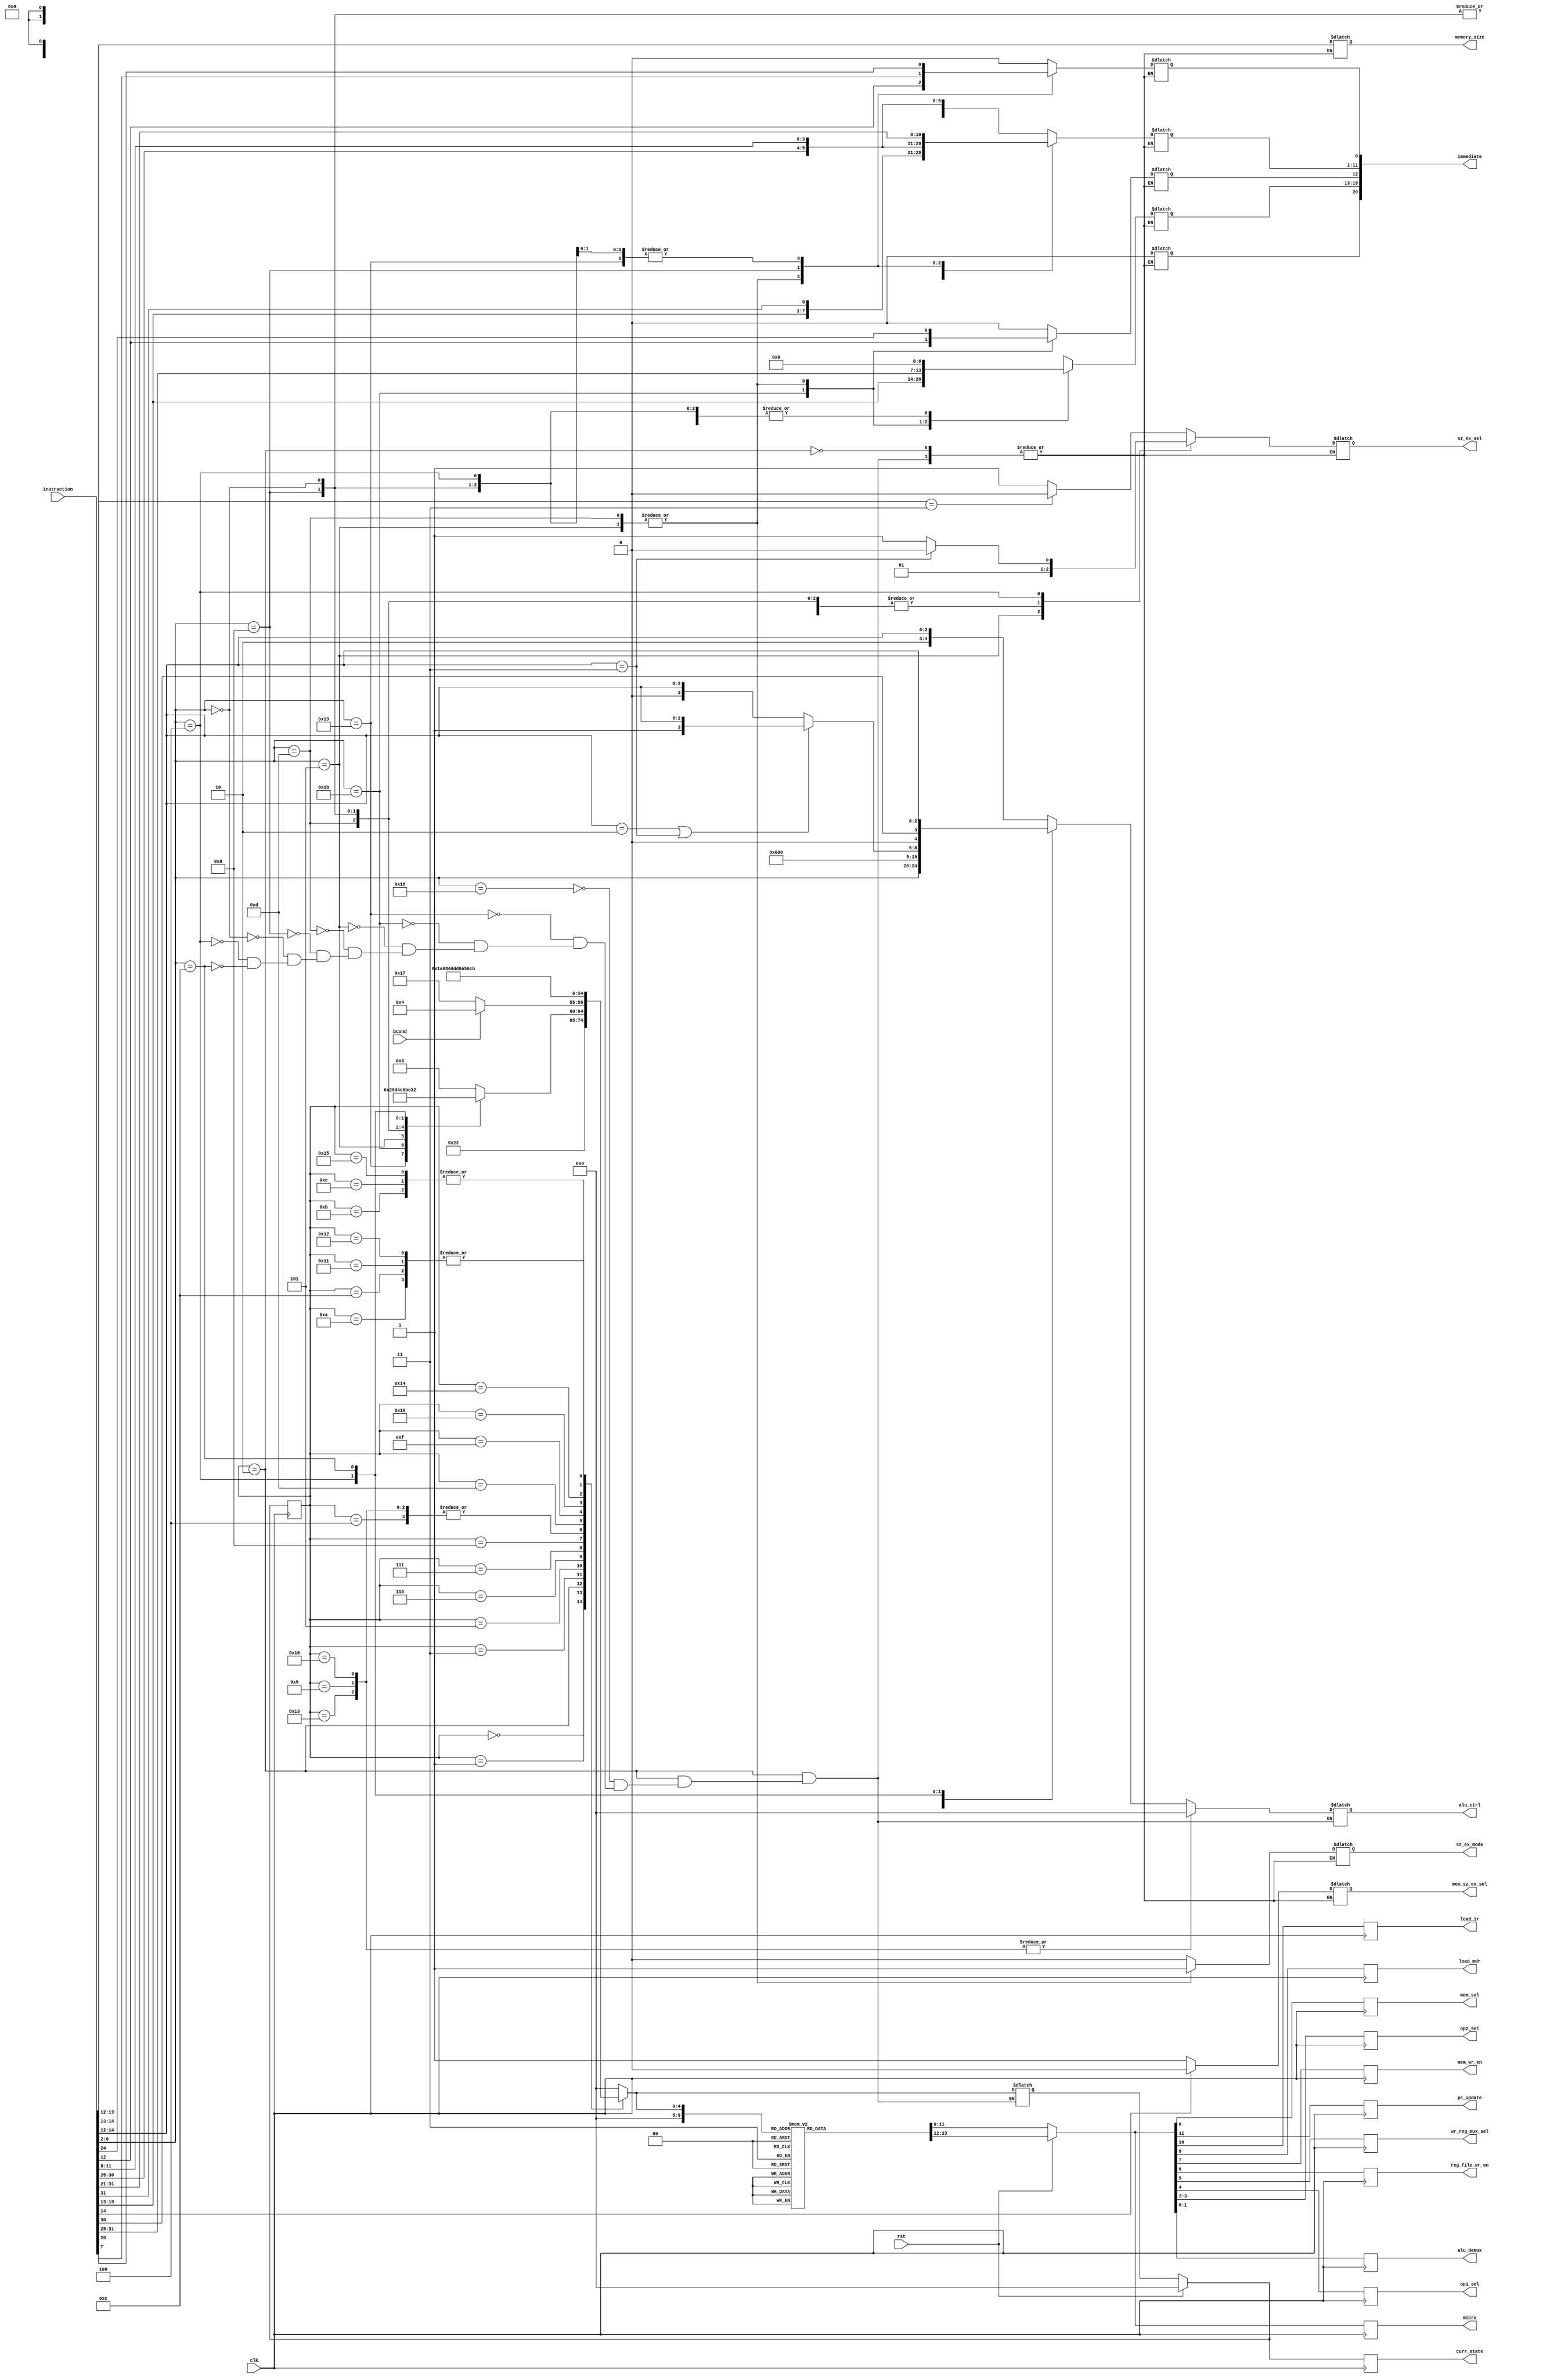
`timescale 1ns / 1ps

`define ALU_CTRL_WIDTH 5
`define INSTRUCTION_WIDTH 32

//operand width
`define OPERAND_WIDTH 32
`define IMM_WIDTH 21

`define SIGN_EXTEND 1'b1
`define ZERO_EXTEND 1'b0

`define U_TYPE_EX 1'b1
`define STANDARD_EX 1'b0

//Define the states
//s0 through s23
`define FETCH 0
`define LOAD_IR 1
`define DECODE 2
`define BRANCH_S 3
`define BCOND1 4
`define JALR_S 5
`define JALR2 6
`define JAL_S 7
`define JAL2 8
`define ALU2PC 9
`define AUIPC_S 10
`define WRITE_BACK 11
`define LUI_S 12
`define STORE_S 13
`define STORE_MEM 14
`define LOAD_S 15
`define LOAD2 16
`define I_TYPE_S 17
`define R_TYPE_S 18
`define JALR_ADD 19
`define LOAD_MDR 20
`define LOAD_WR 21
`define PC_ADD 22
`define PC_WR 23

//Define the opcodes for each instruction type
//U-TYPE
`define LUI 5'b01101
`define AUIPC 5'b00101
`define JAL 5'b11011
`define JALR 5'b11001
`define BRANCH 5'b11000
`define LOAD 5'b00000
`define STORE 5'b01000
`define I_TYPE 5'b00100
`define R_TYPE 5'b01100


module cntl_mc(
		input [(`INSTRUCTION_WIDTH-1):0] instruction,
		input bcond,
		input clk,
		input rst,
		output reg [11:0] micro,
		output reg sz_ex_sel,
		output reg sz_ex_mode,
		output reg mem_sz_ex_sel,
		output reg [(`IMM_WIDTH-1):0] immediate,
		output reg mem_sel,
		output reg pc_update,
		output reg load_ir,
		output reg load_mdr,
		output reg mem_wr_en,
		output reg reg_file_wr_en,
		output reg wr_reg_mux_sel,
		output reg op1_sel,
		output reg [1:0] op2_sel,
		output reg [1:0] alu_demux,
		output reg [(`ALU_CTRL_WIDTH-1):0] alu_ctrl,
		output reg [1:0] memory_size,
		output reg [4:0] curr_state
    );
	 
	 reg [11:0] micro_inst [0:23];
	 reg [11:0] cntl_sig;
	 reg [4:0] state;
	 reg [4:0] next_state;
	
		
	initial
		begin
			micro_inst[`FETCH]=12'b000000xxxxxx;
			micro_inst[`LOAD_IR]=12'b010x00xxxxxx;
			micro_inst[`DECODE]=12'b000x00xxxxxx;
			micro_inst[`BRANCH_S]=12'b000x00x101xx;
			micro_inst[`BCOND1]=12'b000x00x010xx;
			micro_inst[`JALR_S]=12'b000x00x000xx;
			micro_inst[`JALR2]=12'b000x01xxxx01;
			micro_inst[`JAL_S]=12'b000x00x000xx;
			micro_inst[`JAL2]=12'b000x01xxxx01;
			micro_inst[`ALU2PC]=12'b000x00x010xx;
			micro_inst[`AUIPC]=12'b000x00x010xx;
			micro_inst[`WRITE_BACK]=12'b000x010xxx01;
			micro_inst[`LUI_S]=12'b000x00xx10xx;
			micro_inst[`STORE_S]=12'b000x00x110xx;
			micro_inst[`STORE_MEM]=12'b000110xxxx10;
			micro_inst[`LOAD_S]=12'b000x00x110xx;
			micro_inst[`LOAD2]=12'b000100xxxx01;
			micro_inst[`I_TYPE_S]=12'b000x00x110xx;
			micro_inst[`R_TYPE_S]=12'b000x00x101xx;
			micro_inst[`JALR_ADD]=12'b000x00x110xx;
			micro_inst[`LOAD_MDR]=12'b001x00xxxxxx;
			micro_inst[`LOAD_WR]=12'b000x011000xx;
			micro_inst[`PC_ADD]=12'b000x00xxxx00;
			micro_inst[`PC_WR]=12'b100x00xxxxxx;			
		end
	
//Assign the states and load the microinstructions for the state	
always@(posedge clk)
	begin
		if(rst)
			begin
				state=`FETCH;
				{pc_update,load_ir,load_mdr,mem_sel,mem_wr_en,reg_file_wr_en,wr_reg_mux_sel,op1_sel,op2_sel,
					alu_demux} <= micro_inst[`FETCH];
					micro<=micro_inst[`FETCH];
			end
		
		else
			begin
				state=next_state;
				{pc_update,load_ir,load_mdr,mem_sel,mem_wr_en,reg_file_wr_en,wr_reg_mux_sel,op1_sel,op2_sel,
					alu_demux} <= cntl_sig;
					micro<=cntl_sig;
			end
			curr_state=state;
	end
	
	
//Define the state transitions and the ALU and memory control signals for each of the states
	always @(state or bcond)		
		begin
			case(state)			
			`FETCH:begin
			  next_state=`LOAD_IR;
			  alu_ctrl=5'bxxxxx;
			end
			
			`LOAD_IR:begin
			  next_state=`DECODE;
			  alu_ctrl=5'bxxxxx;
			end
			
			`DECODE:begin
	//In the decode state determine the immediate values, sign-zero signal,
  //ALU control signal and the memory addressing mode
			     case(instruction[6:2])
			       `BRANCH:begin
			          next_state=`BRANCH_S;
						 mem_sz_ex_sel=1'bx;
						 sz_ex_mode=`STANDARD_EX;
						  immediate[0] = 1'b0;
						  immediate[12:1] = {instruction[7], instruction[30:25], instruction[11:8]};
						  immediate[(`IMM_WIDTH-1):13]=1'bx;
						  
						 if(instruction[14:13] == 2'b11)
							sz_ex_sel=0;					
						  //else perform sign extend
						 else begin
							sz_ex_sel=1;						  
					  end
						
						//ALU control signal
					//set the alu_ctrl signal to {1'b1, 1'b0, "funct3"}
					//bit3 = 1'b0, no subtract instructions (I-type)
					//MSB (bit 4) = 1'b1, branch
					alu_ctrl = {1'b1, 1'b0, instruction[14:12]};					
					//data memory size
					//data is not written to data memory
					memory_size = 2'bxx;	
			        end									  
				
						`JALR:begin
							  next_state=`JALR_S;	
							  mem_sz_ex_sel=1'bx;
							  sz_ex_mode=`STANDARD_EX;
							  immediate[11:0] = instruction[31:20];
							  immediate[(`IMM_WIDTH-1):12]=1'bx;
							  alu_ctrl = instruction[6:2];					
							  memory_size = 2'bxx;
							  sz_ex_sel=1;
						 end
						
						`JAL:begin
							next_state=`JAL_S;
							mem_sz_ex_sel=1'bx;
						   sz_ex_mode=`STANDARD_EX;
							immediate[0] = 1'b0;
							immediate[20:1] = {instruction[19:12], instruction[20], instruction[30:21]};
							alu_ctrl = {(`ALU_CTRL_WIDTH){1'bx}};					
							memory_size = 2'bxx;	
							sz_ex_sel=1;	
						end
						
						`AUIPC:begin
							next_state=`AUIPC_S;
							mem_sz_ex_sel=1'bx;
							sz_ex_mode=`U_TYPE_EX;
							immediate[19:0] = instruction[31:12];
						   immediate[(`IMM_WIDTH-1)]=1'bx;
							alu_ctrl = {(`ALU_CTRL_WIDTH){1'bx}};
							memory_size = 2'bxx;	
							sz_ex_sel=0;
						end
						
						`LUI:begin
							next_state=`LUI_S;
							mem_sz_ex_sel=1'bx;
							sz_ex_mode=`U_TYPE_EX;
							immediate[19:0] = instruction[31:12];
							immediate[(`IMM_WIDTH-1)]=1'bx;
							alu_ctrl = 5'b11000;
						   memory_size = 2'bxx;	
							sz_ex_sel=1;
						end
						
						`STORE:begin
						  next_state=`STORE_S;
						  mem_sz_ex_sel=1'bx;
						  sz_ex_mode=`STANDARD_EX;
						  immediate[11:0] = {instruction[31:25],instruction[11:7]};
						  immediate[(`IMM_WIDTH-1):12]=1'bx;
						  alu_ctrl = {(`ALU_CTRL_WIDTH){1'b0}};
						  memory_size = instruction[13:12];
						  sz_ex_sel=1;
						end
						
						`LOAD:begin
						  next_state=`LOAD_S;
						  immediate = instruction[31:20];
						  sz_ex_mode=`STANDARD_EX;
						  alu_ctrl = {(`ALU_CTRL_WIDTH){1'b0}};
						  sz_ex_sel=1;
						  if(instruction[14])
							mem_sz_ex_sel=`ZERO_EXTEND;
						  else
							mem_sz_ex_sel=`SIGN_EXTEND;
							//data memory size
							//size depends on the instruction
							memory_size = instruction[13:12];
							end
												
					  `I_TYPE:begin
						  next_state=`I_TYPE_S;
						  mem_sz_ex_sel=1'bx;
						  sz_ex_mode=`STANDARD_EX;						  
					     immediate[11:0] = instruction[31:20];
						  immediate[(`IMM_WIDTH-1):12]=1'bx;
							//perform zero extension only for SLTIU
							if(instruction[14:12] == 3'b011) begin
									sz_ex_sel=0;
							end								
								//else perform sign extend
							else begin
									sz_ex_sel=1;
							end
								
								
							if(instruction[14:12] == 3'b010 || instruction[14:12] == 3'b011) begin
							//Instructions that involve subtract operation (SLTI and SLTIU respectively)
							//ALU control signal
							//set LSB 3 bits to the "funct3" field
							//bit 3 = 1'b1 to indicate stubract operation
							//bit 4 = 0 (no branching)
							alu_ctrl = {1'b0, 1'b1, instruction[14:12]};
						end
						
						else begin
							//Other ALU instruction
							//ALU control signal
							//set the alu_ctrl signal to {2'b00, "funct3"}
							//bit3 = 1'b0, no subtract operation
							//MSB (bit 4) = 1'b0, no branching
							alu_ctrl = {2'b00, instruction[14:12]};
						end		
						
						memory_size = 2'bxx;	
						end
						
						`R_TYPE:begin
						  next_state=`R_TYPE_S;
						  mem_sz_ex_sel=1'bx;
						  sz_ex_mode=1'bx;
						  immediate={(`OPERAND_WIDTH-1){1'bx}};
						  alu_ctrl = {1'b0,instruction[30], instruction[14:12]};
						  memory_size = 2'bxx;	
						  sz_ex_sel=1'bx;
						end	
					endcase					
			 end
			
			//End of decode state
			
			`BRANCH_S:begin
			  if(bcond==0)
			   next_state=`PC_WR;
			  else
			   next_state=`BCOND1;	
					
				alu_ctrl=5'bxxxxx;
			 end
			
			`PC_WR:begin
				next_state=`FETCH;
				alu_ctrl=5'b00000;
				alu_ctrl=5'bxxxxx;
			end
			 
			`BCOND1:begin
			   next_state=`PC_WR;
				alu_ctrl=5'bxxxxx;
			end
			
			`JALR_S:begin
			   next_state=`JALR2;
				alu_ctrl=5'bxxxxx;
			end
			
			`JALR2:begin
			  next_state=`JALR_ADD;
			  alu_ctrl=5'bxxxxx;
			end
			
			`JALR_ADD:begin	
				next_state=`PC_WR;
				alu_ctrl=5'b00000;				
			end
			
			`JAL_S:begin
			  next_state=`JAL2;
			  alu_ctrl=5'bxxxxx;
			end
			
			`JAL2:begin
			  next_state=`ALU2PC;	
			  alu_ctrl=5'bxxxxx;
			end
			
			`ALU2PC:begin
			   next_state=`PC_WR;
				alu_ctrl=5'b00000;
			end
			
			`AUIPC_S:begin
			   next_state=`WRITE_BACK;
				alu_ctrl=5'bxxxxx;
			end
			
			`WRITE_BACK:begin
			   next_state=`PC_ADD;
				alu_ctrl=5'bxxxxx;
			end
			
			`PC_ADD:begin
				next_state=`PC_WR;
				alu_ctrl=5'b00000;
			end
			
			`LUI_S:begin
			   next_state=`WRITE_BACK;
				alu_ctrl=5'bxxxxx;
			end
			
			`STORE_S:begin
			  next_state=`STORE_MEM;
			  alu_ctrl=5'bxxxxx;
			end
			
			`STORE_MEM:begin
			   next_state=`PC_ADD;
				alu_ctrl=5'bxxxxx;
			end
			
			`LOAD_S:begin
			   next_state=`LOAD2;
				alu_ctrl=5'bxxxxx;
			end
			
			`LOAD2:begin
			  next_state=`LOAD_MDR;
			  alu_ctrl=5'bxxxxx;
			end
			
			`LOAD_MDR:begin
				next_state=`LOAD_WR;
				alu_ctrl=5'bxxxxx;
			end
			
			`LOAD_WR:begin
				next_state=`PC_ADD;
				alu_ctrl=5'bxxxxx;
			end
    			
    		`I_TYPE_S:begin
			   next_state=`WRITE_BACK;
				alu_ctrl=5'bxxxxx;
			end
			
			`R_TYPE_S:begin
			   next_state=`WRITE_BACK;
				alu_ctrl=5'bxxxxx;
			end
			
			default:begin
			  next_state=`FETCH;
			  alu_ctrl=5'bxxxxx;
			end
			endcase
			
		  cntl_sig=micro_inst[next_state];
			
		end
	
endmodule